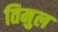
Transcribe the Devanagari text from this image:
तिमुल